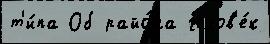
т'и́па Об райо́на челов'е́к